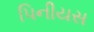
પિનીયસ